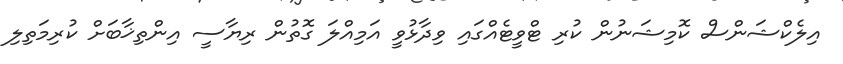
އިލެކްޝަންސް ކޮމިޝަނުން ކުރި ޓްވީޓެއްގައި ވިދާޅުވީ އަމިއްލަ ގޮތުން ރިޔާސީ އިންތިޚާބަށް ކުރިމަތިލި